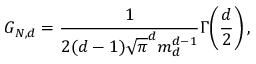
G _ { N , d } = \frac { 1 } { 2 ( d - 1 ) \sqrt { \pi } ^ { d } m _ { d } ^ { d - 1 } } \Gamma \! \left( \frac { d } { 2 } \right) ,